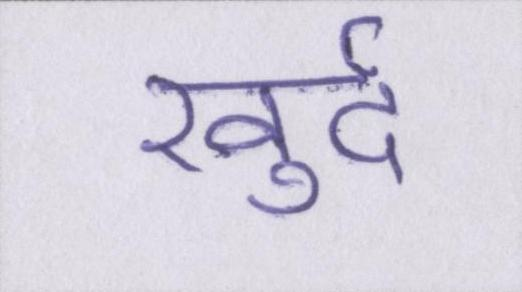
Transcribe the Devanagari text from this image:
खुर्द